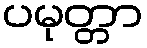
ပမုတ္တာ